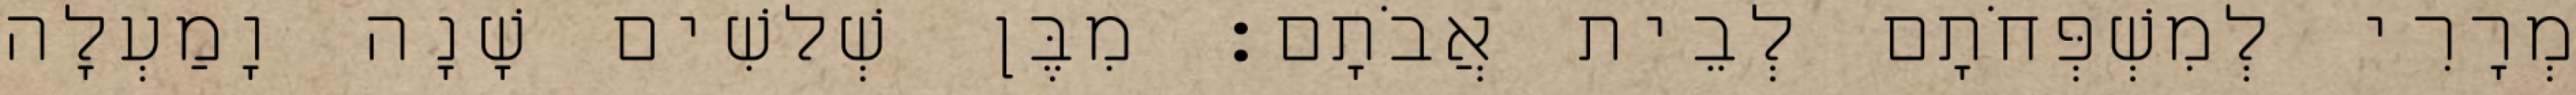
מְרָרִי לְמִשְׁפְּחֹתָם לְבֵית אֲבֹתָם׃ מִבֶּן שְׁלשִׁים שָׁנָה וָמַעְלָה